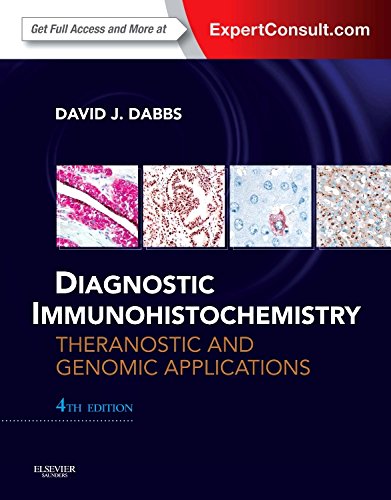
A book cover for Diagnostic Immunohistochemistry: Theranostic and Genomic Applications, Expert Consult: Online and Print, 4e; David J Dabbs MD; Medical Books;